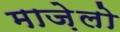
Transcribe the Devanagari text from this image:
माज़ेलो